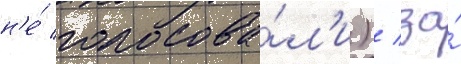
н'е́ голосова́л'и) / за́